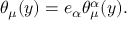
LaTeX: \theta _ { \mu } ( y ) = e _ { \alpha } \theta _ { \mu } ^ { \alpha } ( y ) .